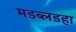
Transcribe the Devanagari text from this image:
मडब्लडहा